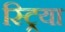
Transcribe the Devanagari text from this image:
स्ट्रिया